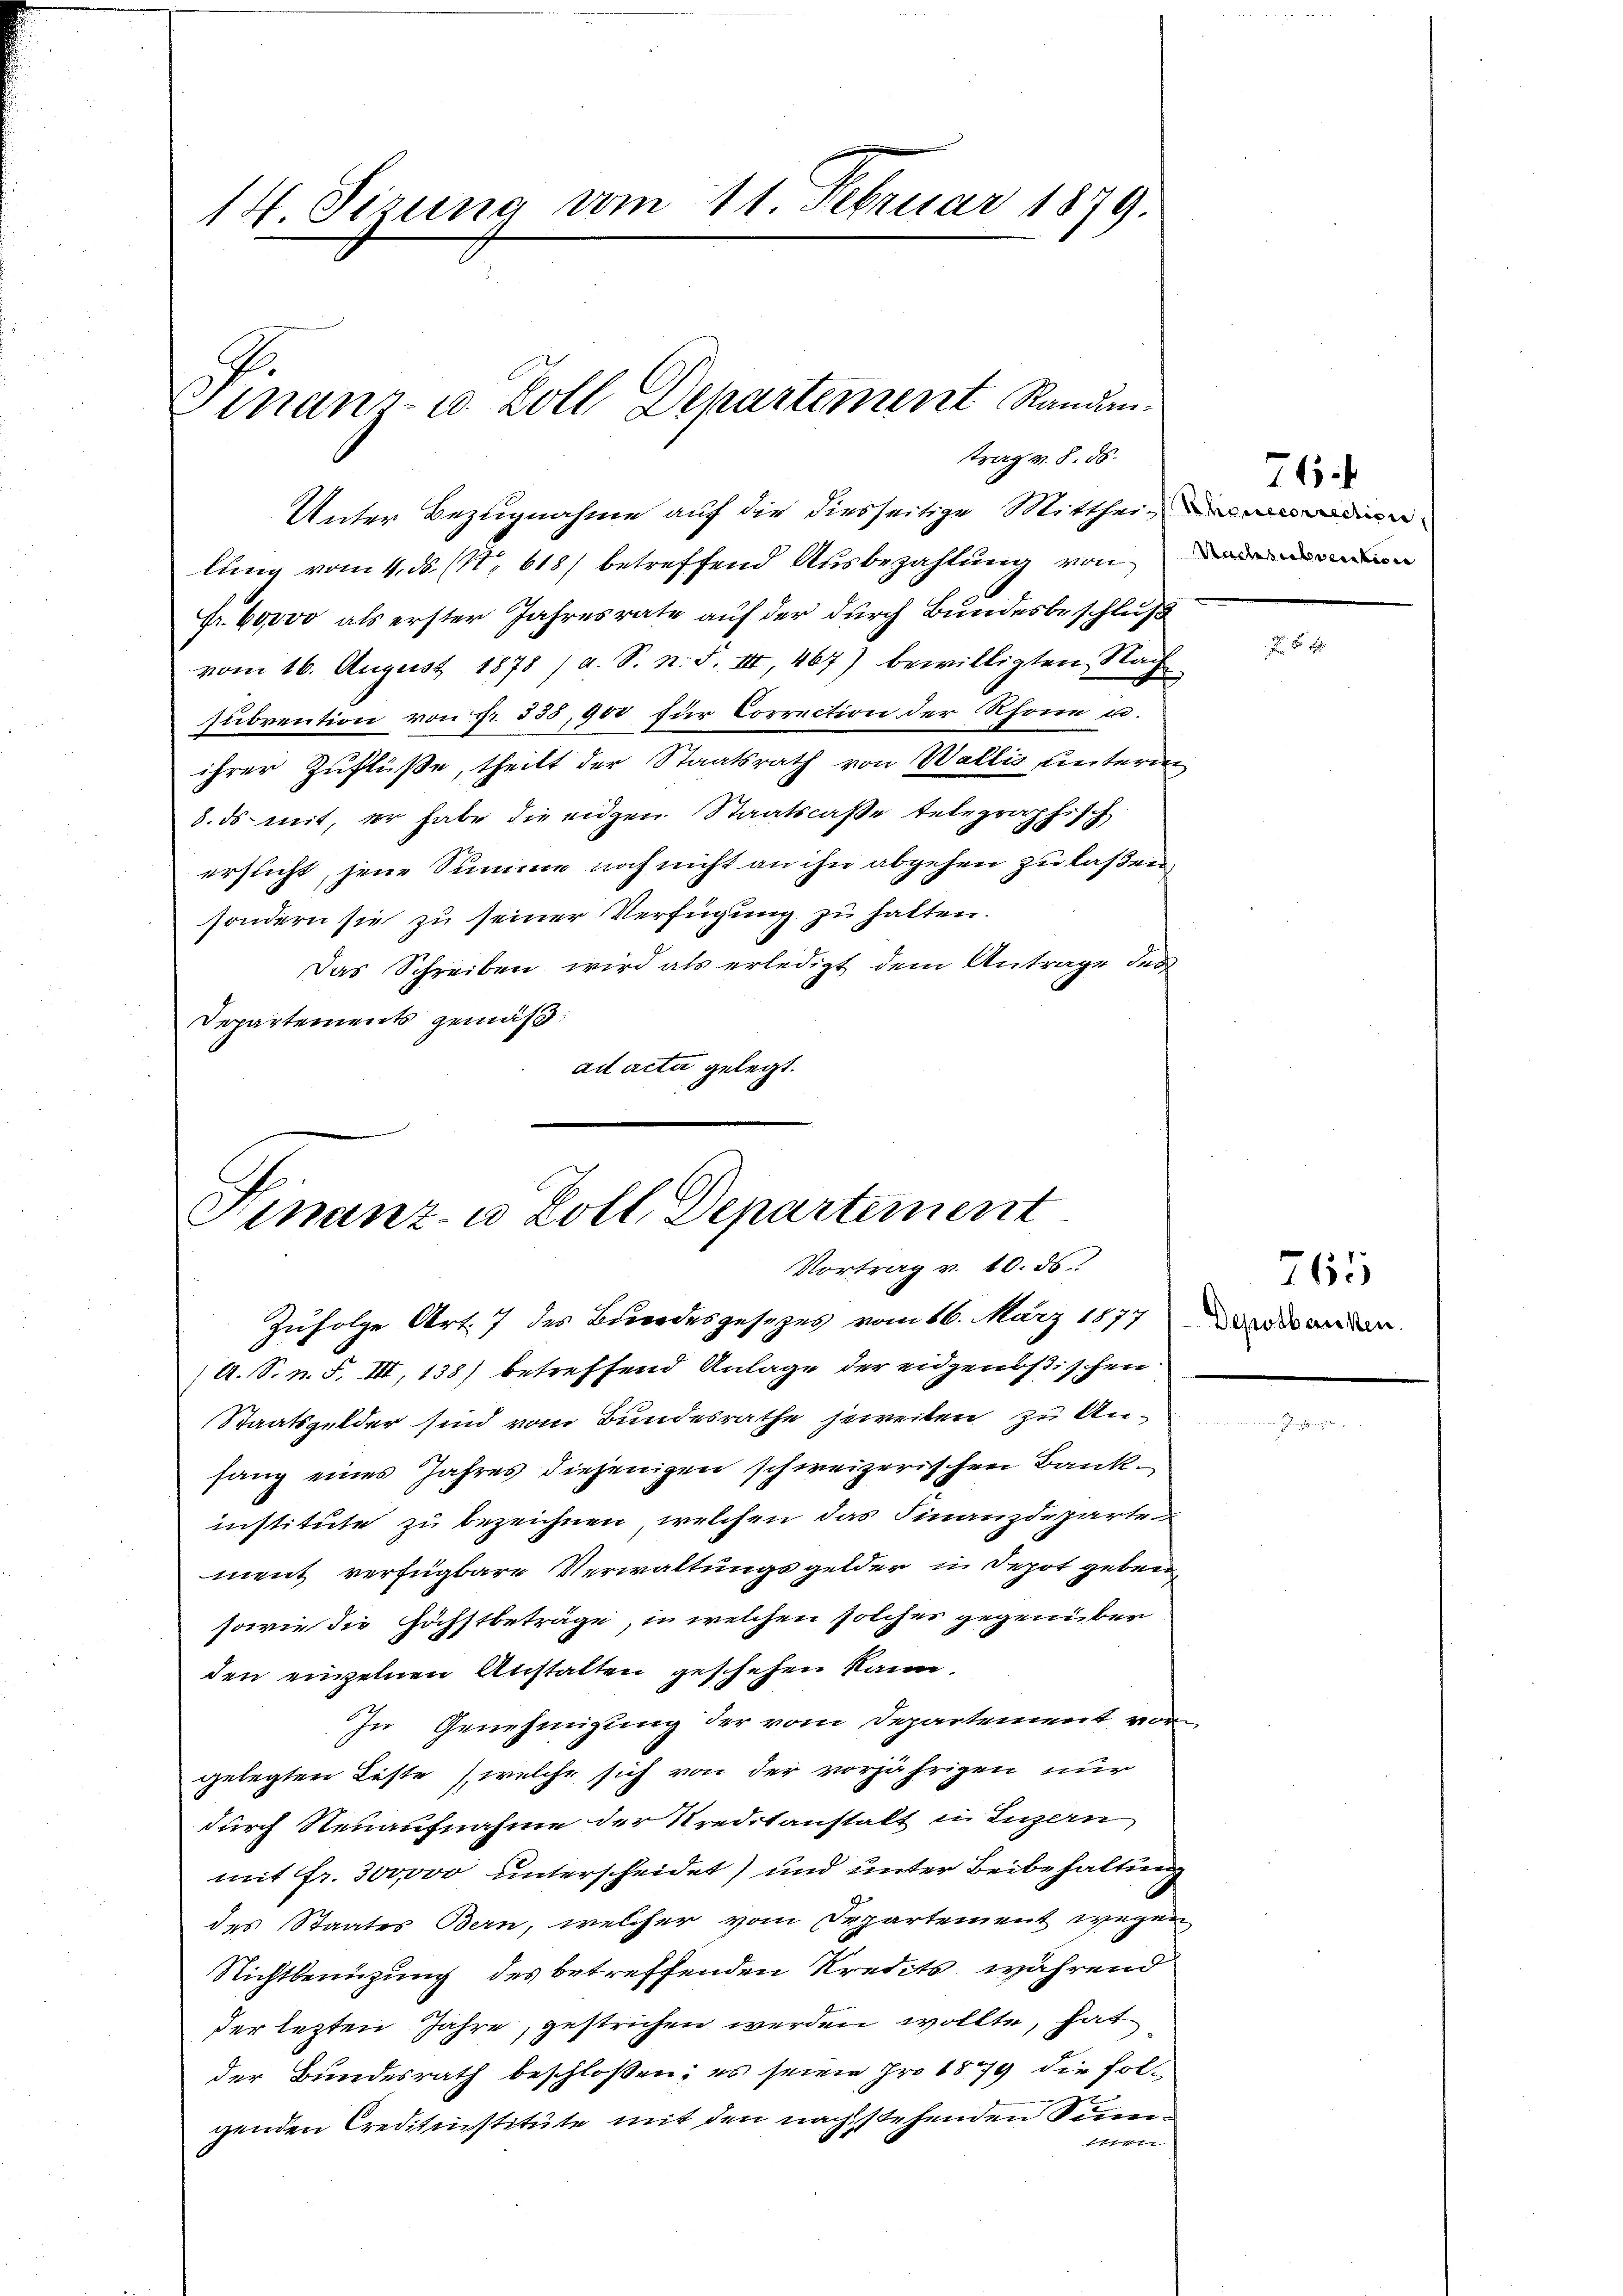
14. Sizung vom 11. Februar 1879.

Finanz- u. Zoll Departement Randan-
trag v. 8. ds.

Unter Bezugnahme auf die diesseitige Mittheilung vom 4. ds. (N. 618) betreffend Ausbezahlung von
Fr. 60000 als erster Jahresrate auf der durch Bundesbeschluß
vom 16. August 1878 / a. S. n. F. III 467) bewilligten Nach
subvention von Nr. 835, 900 für Correction der Rhone u.
ihrer Zuflüße, theilt der Staatsrath von Wallis unterm
8. ds mit, er habe die eigen Staatscaße telegraphisch
6
ersicht, jene Summe noch nicht an ihn abgehen zu laßen,
sondern sie zu seiner Verfügung zu halten.
Das Schreiben wird als erledigt dem Antrage des
Departements gemäß
ad acta gelegt.

Hinanz- u Zoll, Departement
Vortrag v. 10. ds.

Zufolge Art. 7 des Bundesgesetzes vom 16. März 1877 der ander
(A. S. n. F. VII, 138) betreffend Anlage der eidgenöstischen
Staatsgelder sind vom Bundesrathe jeweiten zu Anfang eines Jahres diejenigen schweizerischen Bankinstitute zu bezeichnen, welchen das Finanzdeparte
ment verfügbare Verwaltungsgelder in Depot geben
sowie die Höchstbeträge, in welchen solcher gegenüber
den einzelnen Anstalten geschehen kann.
In Genehmigung der vom Departement vor
gelegten Liste (welche sich von der vorjährigen nur
durch Neuaufnahme der Kreditanstalt in Luzern,
mit fr. 300,000 unterscheidet) und unter Beibehaltung
des Staates Bern, welcher vom Departement wegen
Nichtbenuzung des betreffenden Kredits, während
der lezten Jahre, gestrichen werden wollte, hat
der Bundesrath beschloßen; es seine pro 1879 die folgenden Creditinstitute mit den nach stehenden Sum¬
11

74

f 8 x

765